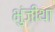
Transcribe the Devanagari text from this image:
भुंजीथा